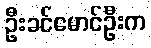
ဦးခင်မောင်ဦးက